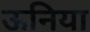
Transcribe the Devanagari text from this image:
ऊनिया